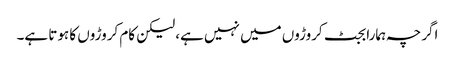
اگرچہ ہمارا بجٹ کروڑوں میں نہیں ہے، لیکن کام کروڑوں کا ہوتا ہے۔